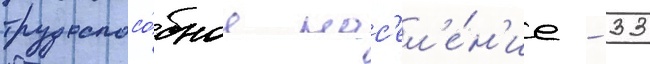
трудоспосо́бное нас'ел'е́н'ие - 33